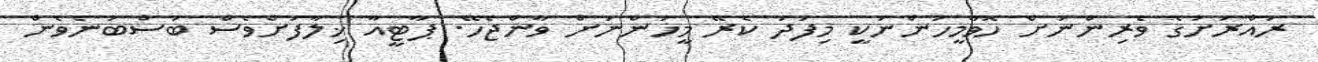
ރައްރަށުގެ ވެރިންނަށް ހޮވާމީހުންނަކީ މިފަދަ ކެރޭ މީހުންނަށް ވާންޖެހޭ. ޕާޓީއާ ޚިލާފަށްވެސް ބަސްބުނެވެން